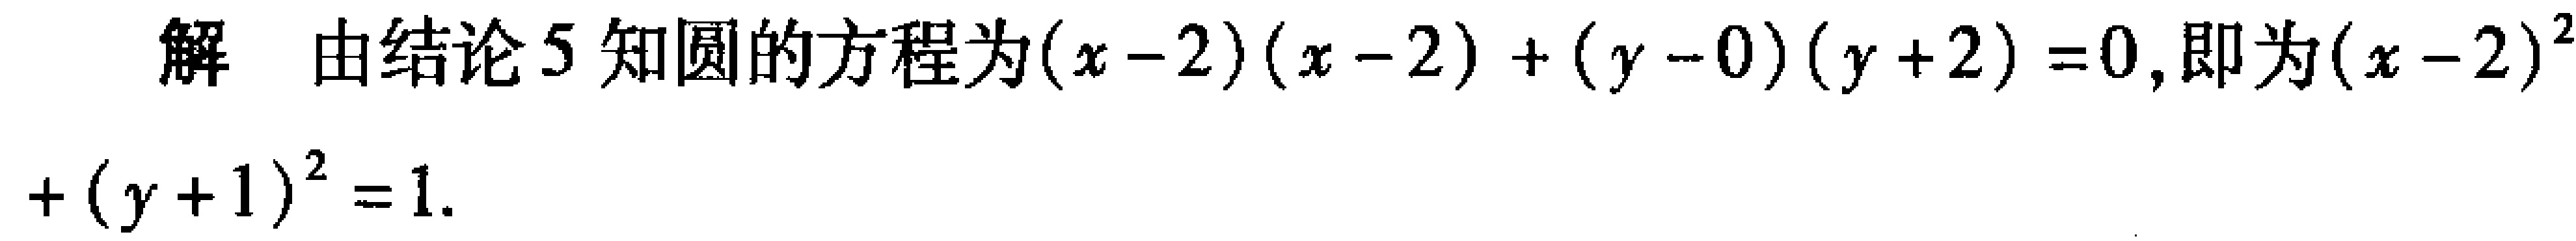
解 由结论5知圆的方程为\((x - 2)(x - 2)+(y - 0)(y + 2)=0\),即为\((x - 2)^{2}+(y + 1)^{2}=1\).